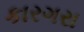
કારગરા